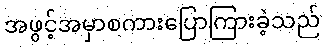
အဖွင့်အမှာစကားပြောကြားခဲ့သည်